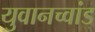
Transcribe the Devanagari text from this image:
युवानच्वांड